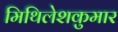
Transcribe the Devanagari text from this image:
मिथिलेशकुमार